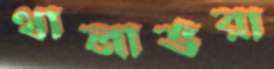
থালাভরা